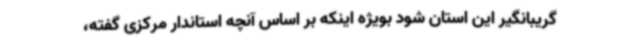
گریبانگیر این استان شود بویژه اینکه بر اساس آنچه استاندار مرکزی گفته،